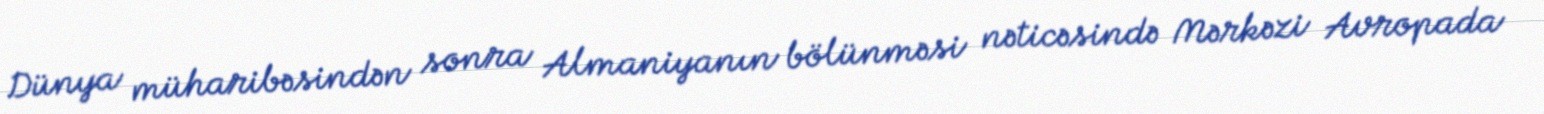
Dünya müharibəsindən sonra Almaniyanın bölünməsi nəticəsində Mərkəzi Avropada